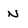
Character: N